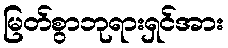
မြတ်စွာဘုရားရှင်အား